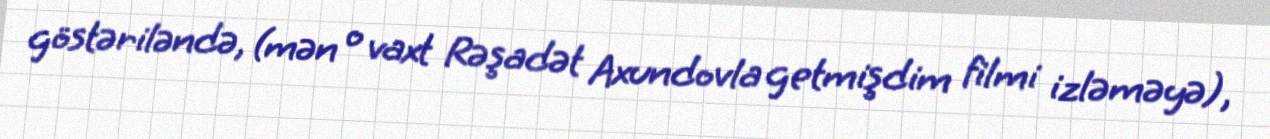
göstəriləndə, (mən o vaxt Rəşadət Axundovla getmişdim filmi izləməyə),